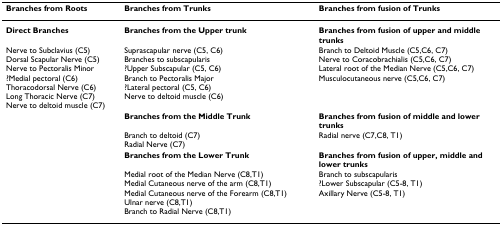
| Branches from Roots | Branches from Trunks | Branches from fusion of Trunks |
 | --- | --- | --- |
 | Direct Branches | Branches from the Upper trunk | Branches from fusion of upper and middle trunks |
 | Nerve to Subclavius (C5)Dorsal Scapular Nerve (C5)Nerve to Pectoralis Minor?Medial pectoral (C6)Thoracodorsal Nerve (C6)Long Thoracic Nerve (C7)Nerve to deltoid muscle (C7) | Suprascapular nerve (C5, C6)Branches to subscapularis?Upper Subscapular (C5, C6)Branch to Pectoralis Major?Lateral pectoral (C5, C6)Nerve to deltoid muscle (C6) | Branch to Deltoid Muscle (C5,C6, C7)Nerve to Coracobrachialis (C5,C6, C7)Lateral root of the Median Nerve (C5,C6, C7)Musculocutaneous nerve (C5,C6, C7) |
 |  | Branches from the Middle Trunk | Branches from fusion of middle and lower trunks |
 |  | Branch to deltoid (C7)Radial Nerve (C7) | Radial nerve (C7,C8, T1) |
 |  | Branches from the Lower Trunk | Branches from fusion of upper, middle and lower trunks |
 |  | Medial root of the Median Nerve (C8,T1)Medial Cutaneous nerve of the arm (C8,T1)Medial Cutaneous nerve of the Forearm (C8,T1)Ulnar nerve (C8,T1)Branch to Radial Nerve (C8,T1) | Branch to subscapularis?Lower Subscapular (C5-8, T1)Axillary Nerve (C5-8, T1) |